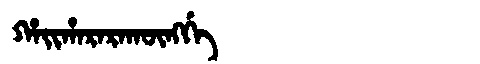
Manchu: ᡥᠠᡳᡥᠠᡵᠠᡵᠠᡴᡡᠩᡤᡝ
Romanization: HAIHARARAKŪNGGE